Annual administration report of the Civil Veterinary Department of India - 1896-1897
Year: 1896
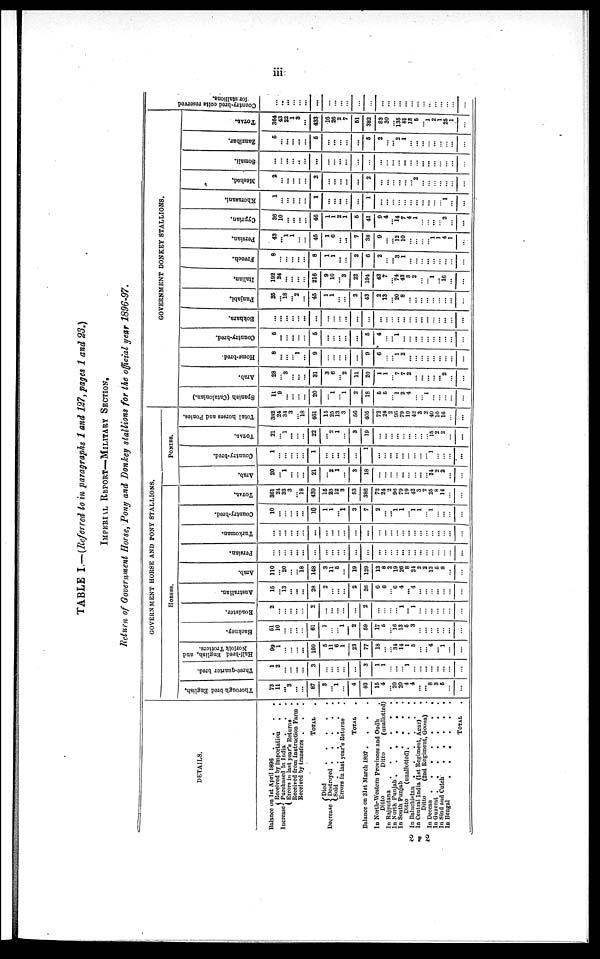
iii
TABLE I.—(Referred to in paragraphs 1 and 127, pages 1 and 23.)
IMPERIAL REPORT-MILITARY SECTION.
Return of Government Horse, Pony and Donkey stallions for the official year 1896-97.
DETAILS.
Balance on 1st April 1896
.
.
.
.
Received by importation . .
Increase { Purchased in India . . .
Errors in last year's Returns .
Received from Instruction Farm .
Received by transfers . . . .
TOTAL .
Died
.
.
.
.
{ Decrease
Destroyed
.
.
.
.
.
Sold
.
.
.
.
.
Errors in last year's Returns .
TOTAL .
Balance on 31st March 1897 . . . . .
In North-Western Provinces and Oudh .
Ditto
Ditto
(unallotted)
In Rajputana
.
.
.
.
.
In North Punjab .
.
.
.
.
.
In South Punjab
.
.
.
.
Ditto
(unallotted). . . .
In Baluchistan
.
.
.
.
In Central India (1st Regiment, Agar)
.
Ditto
(2nd Regiment, Goona) .
In
Deccan
.
.
.
.
.
.
.
In Guzerat . . . . . . .
In Sind and Cutch
.
.
.
.
.
In Bengal
.
.
.
.
. .
TOTAL .
GOVERNMENT HORSE AND PONY STALLIONS.
HORSES.
Thorough bred English.
73
11
...
3
...
...
87
3
... 1
...
4
83
15
4
... 20
20
4
4
...
... 8
3
5
...
...
Three-quarter bred.
1
2
...
...
...
...
3
...
...
...
...
...
3
1
1
... ...
... 1
...
... ...
...
...
...
...
...
Half-bred English, and
Norfolk Trotters.
99
1
...
...
...
...
100
5
11
6
1
23
77
18
...
... 34
14
1
5
...
... 4
... 1
...
...
Hackney.
51
10
...
...
...
...
61
1
...
... 1
2
59
17
5
... 16
13
5
3
...
...
...
...
... ...
...
Roadster.
2
...
...
...
...
...
2
...
...
...
...
...
2
...
...
...
... 1
... 1
...
...
...
...
...
...
...
Australian.
15
.. 13
... ...
...
28
2
... ...
...
2
26
6
6
... 6
4
... 4
...
...
... ...
...
...
...
Arab.
110
... 20
...
... 18
148
3
11
5
...
19
129
13
8
2
19
26
8
24
2
2
12
5
8
...
...
Persian.
...
...
...
...
...
...
...
...
...
...
...
...
...
...
...
...
... ...
... ...
...
...
...
...
...
...
...
Turkoman.
...
...
...
... ...
...
...
...
...
...
...
...
...
...
...
...
...
... ...
...
...
...
...
...
...
...
...
Country-bred.
10
...
...
...
... ...
10
1
1
... 1
3
7
2
... ... 1
1
... 1
1
... 1
...
...
...
...
TOTAL.
361
24
33
3
... 18
439
15
23
12
3
53
386
72
24
... 96
79
19
42
3
2
25
8
14
...
PONIES.
Arab.
20
... 1
...
...
...
21
...
2
1
...
3
18
...
...
...
... ...
...
...
...
... 14
2
2
...
...
Country-bred.
1
...
...
...
...
...
1
...
... ...
...
...
1
...
... ...
...
...
...
...
...
... 1
...
...
...
...
TOTAL.
21
... 1
...
...
...
22
...
2
1
...
3
19
...
... ...
...
...
...
...
...
... 15
2
2
...
...
Total horses and Ponies.
382
24
34
3
... 18
461
15
25
13
3
56
405
72
24
2
96
79
19
42
3
2
40
10
16
...
...
GOVERNMENT DONKEY STALLIONS.
Spanish (Catalonian.)
11
9
...
...
...
...
20
...
1
... 1
2
18
5
5
... 1
2
4
...
... 1
...
...
...
...
...
Arab.
28
... 3
...
...
...
31
3
6
... 2
11
20
1
1
... 7
7
2
...
...
...
...
... 2
...
...
Home-bred.
8
...
...
... 1
...
9
...
...
...
...
...
9
6
...
... 1
2
...
...
...
...
...
...
...
...
...
Country-bred.
5
...
...
... ...
...
5
...
...
...
...
...
5
4
...
... 1
...
...
...
...
...
...
...
...
...
...
Bokhara.
...
...
...
...
... ...
...
...
...
...
...
...
...
...
...
...
...
...
...
...
...
...
...
...
...
...
...
Punjabi.
25
... 18
... 2
...
45
1
1
...
...
2
43
2
13
... 20
8
...
...
...
...
...
...
...
...
...
Italian.
192
24
...
... ...
...
216
9
10
... 3
22
194
43
7
... 74
43
8
2
...
... 1
... 16
...
...
French.
8
...
...
...
...
...
8
1
1
...
...
2
6
2
...
... 3
1
...
...
...
...
...
...
...
...
...
Persian.
43
... 1
1
...
...
45
1
6
... ...
7
38
9
...
... 12
10
...
...
...
... 1
1
4
1
...
Cyprian
36
10
...
...
...
...
46
1
1
2
1
5
41
9
4
... 14
7
4
1
...
...
...
... 2
...
...
Khorasani.
1
...
...
...
...
...
1
...
...
...
...
...
1
...
...
...
...
...
...
...
...
...
...
... 1
...
Meshed.
2
...
...
... ...
...
2
...
...
...
...
...
2
...
...
...
...
...
... 2
...
...
...
...
...
...
...
Somali.
...
...
...
...
...
...
...
...
...
...
...
...
...
...
...
...
...
...
...
...
...
...
...
...
...
...
Zanzibar.
5
...
...
...
...
...
5
...
...
...
...
...
5
2
...
... 2
1
...
...
...
...
...
...
...
...
...
TOTAL.
364
43
22
1
3
...
433
16
26
2
7
51
382
83
30
... 135
81
18
5
... 1
2
1
25
1
...
Count r
y- br e d colts r es er ved
for stallions.
...
...
...
...
...
...
...
...
...
...
...
...
...
...
...
...
...
...
...
...
...
...
...
...
...
...
...
2 F 2